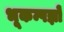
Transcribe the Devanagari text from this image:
भूकम्पज्ञों